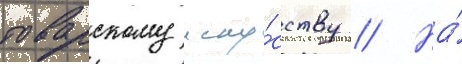
поварскому иску́сству // На́